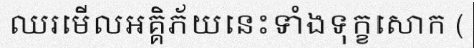
ឈរមើលអគ្គិភ័យនេះទាំងទុក្ខសោក (